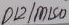
Text: D12/SCK